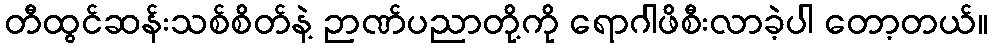
တီထွင်ဆန်းသစ်စိတ်နဲ့ ဉာဏ်ပညာတို့ကို ရောဂါဖိစီးလာခဲ့ပါ တော့တယ်။